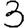
Digit: 3